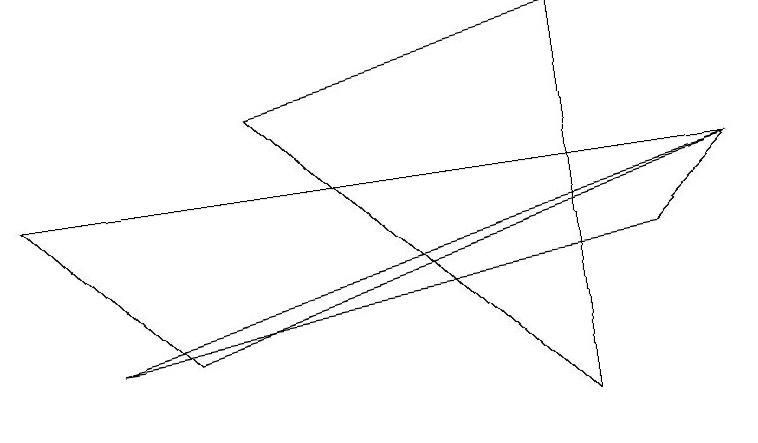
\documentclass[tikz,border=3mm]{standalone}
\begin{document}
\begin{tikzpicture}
\draw (8,3) -- (9,4) -- (1,2) -- cycle;
\draw (0,4) -- (2,2) -- (9,4) -- cycle;
\draw (3,5) -- (7,6) -- (7,1) -- cycle;
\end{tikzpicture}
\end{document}